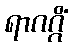
ရာဂဂ္ဂိံ